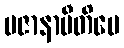
ပဇာနာမီတိပေ